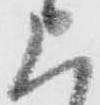
上